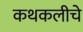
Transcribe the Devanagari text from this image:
कथकलीचे